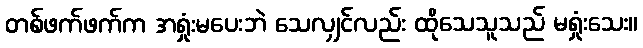
တစ်ဖက်ဖက်က အရှုံးမပေးဘဲ သေလျှင်လည်း ထိုသေသူသည် မရှုံးသေး။